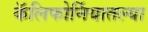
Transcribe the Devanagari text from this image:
कॅलिफोर्नियातल्या